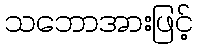
သဘောအားဖြင့်